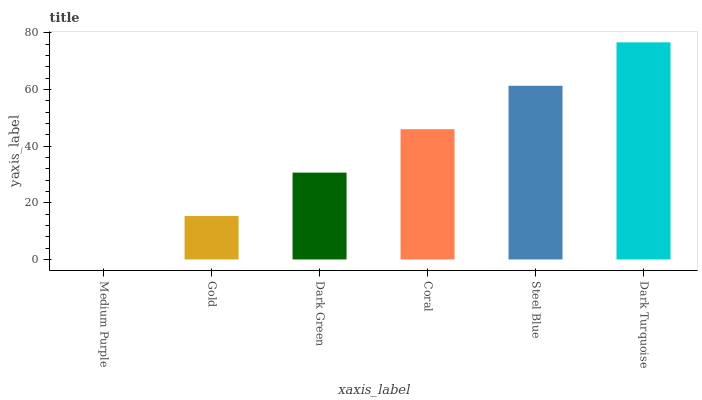
| xaxis_label | bars |
 | --- | --- |
 | Medium Purple | 0 |
 | Gold | 15.3 |
 | Dark Green | 30.7 |
 | Coral | 46 |
 | Steel Blue | 61.3 |
 | Dark Turquoise | 76.7 |